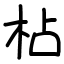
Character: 枮